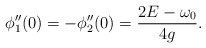
\begin{align*} \phi_1''(0)= -\phi_2''(0) = \frac{2E-\omega_0}{4g}. \end{align*}